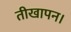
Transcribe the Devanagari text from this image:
तीखापन।